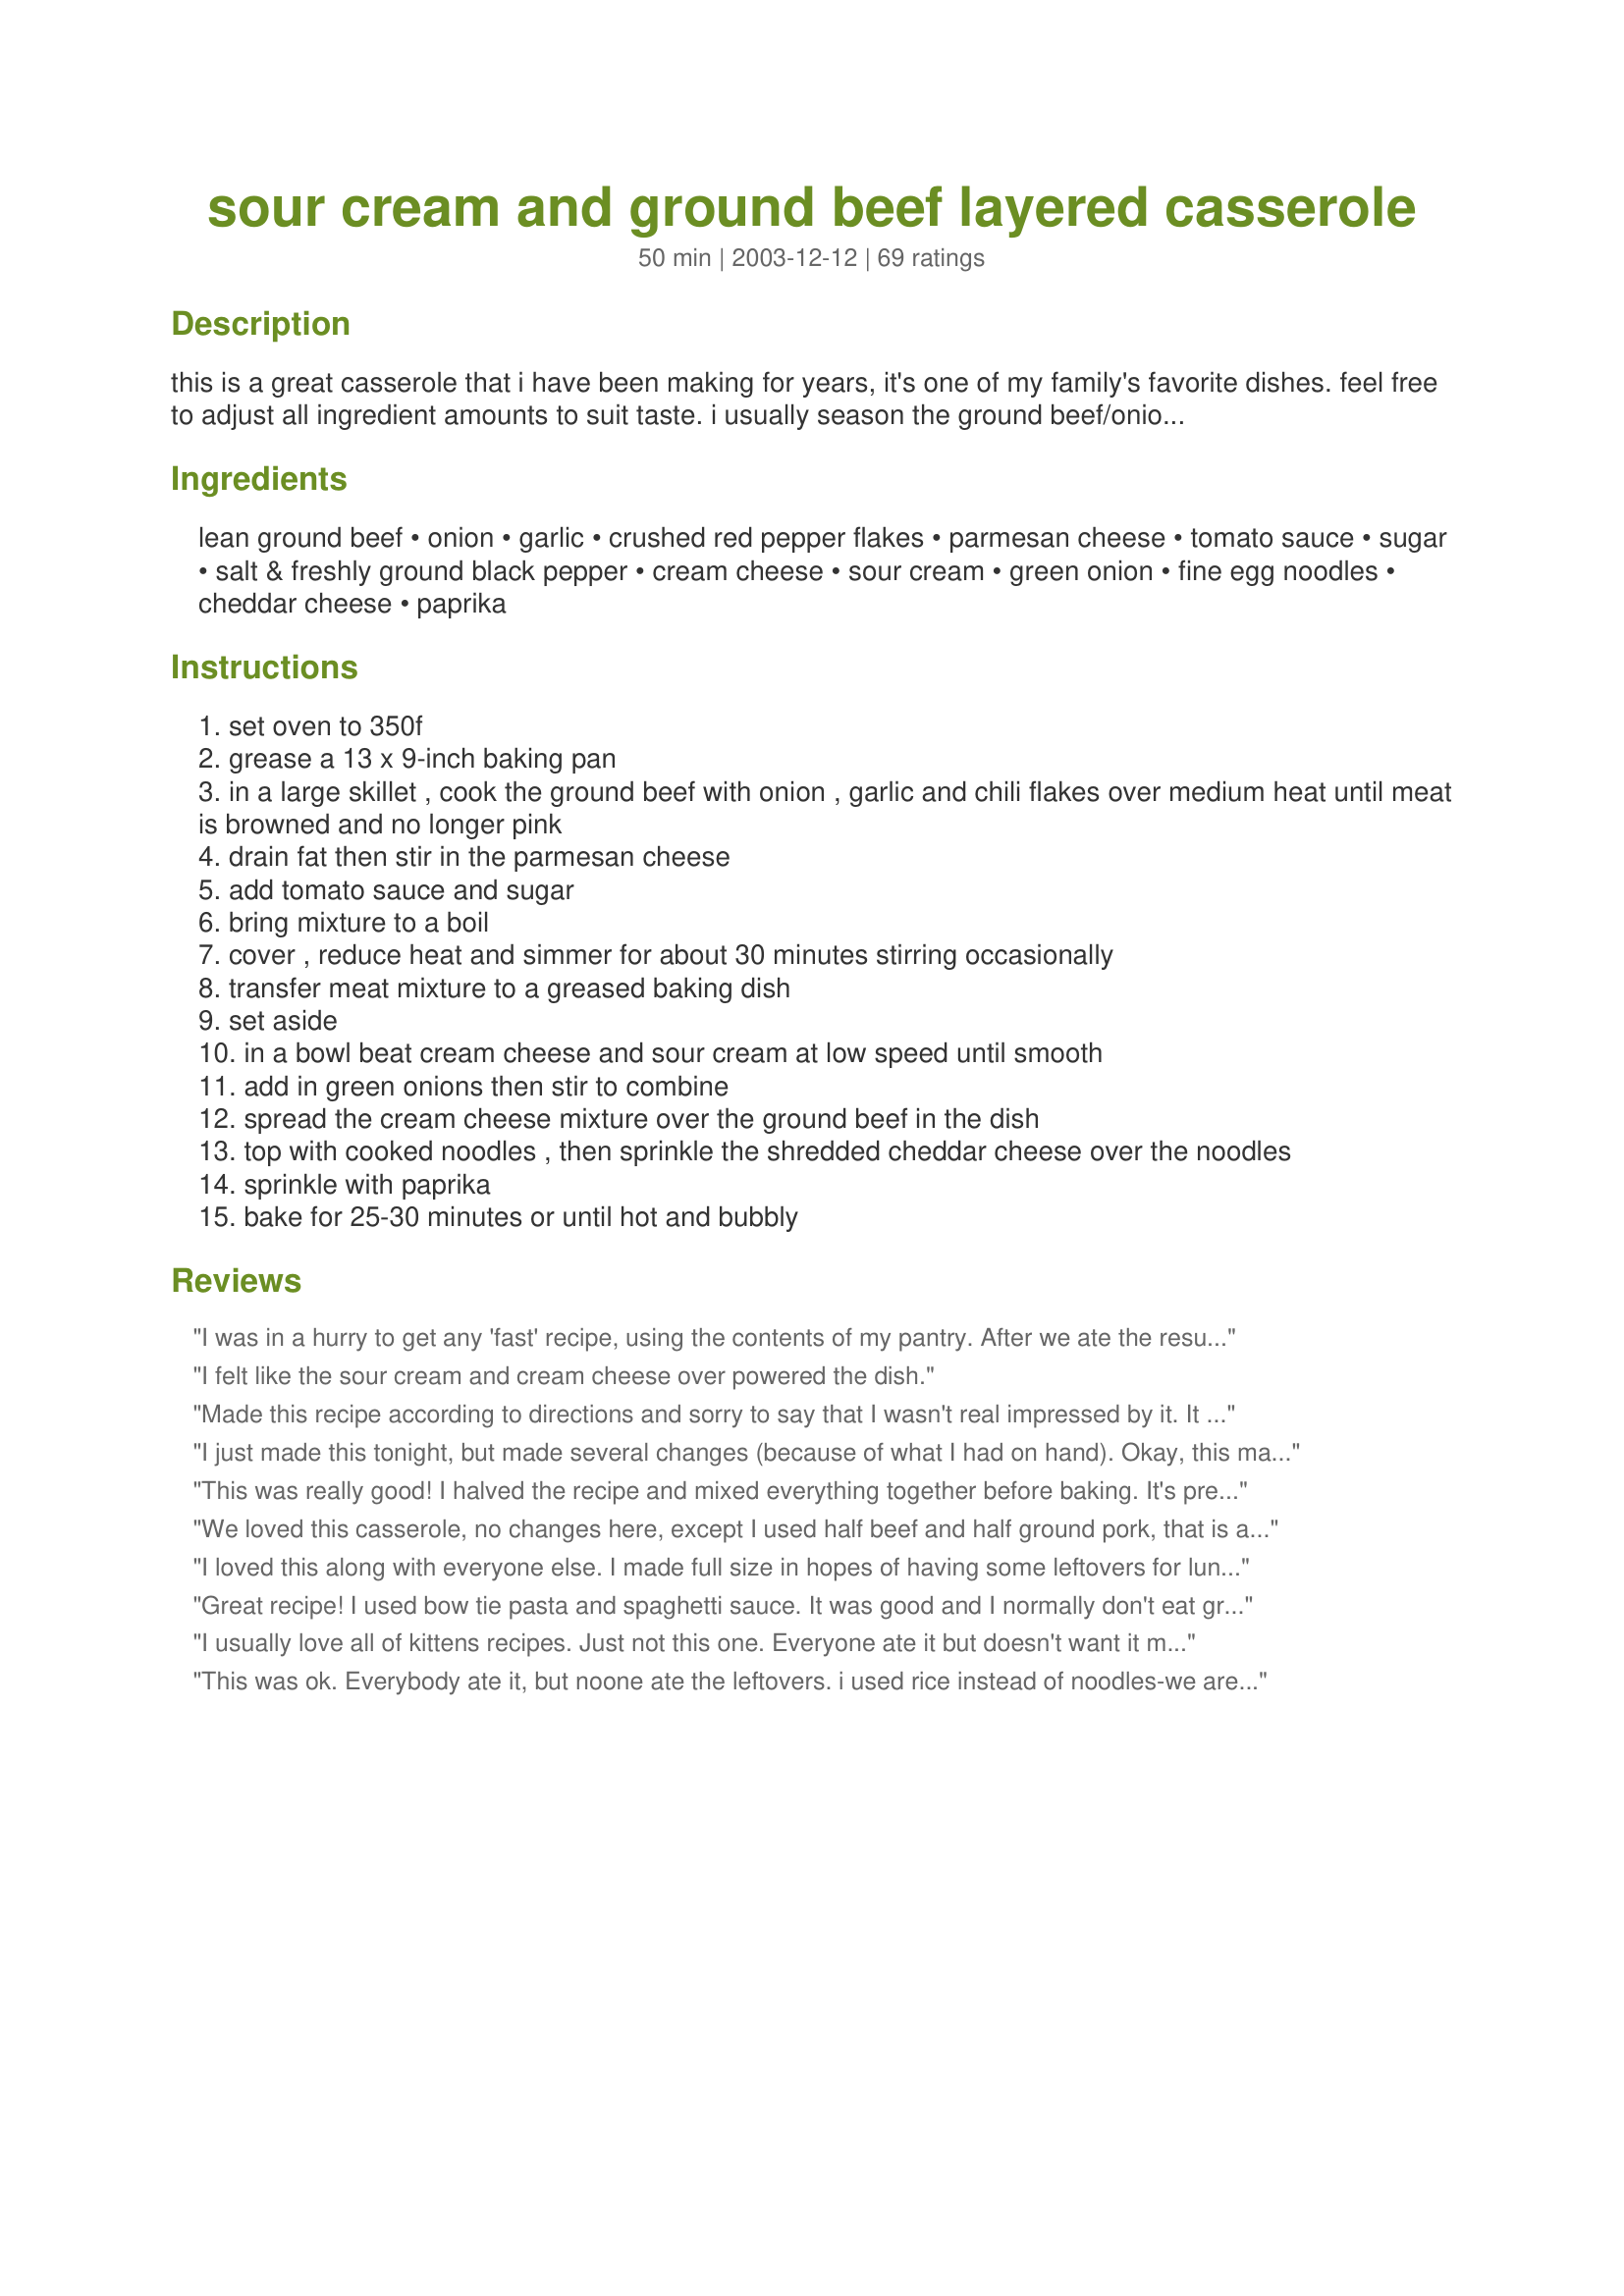
sour cream and ground beef layered casserole
Preparation time: 50 minutes

this is a great casserole that i have been making for years, it's one of my family's favorite dishes. feel free to adjust all ingredient amounts to suit taste. i usually season the ground beef/onion mixture with seasoned salt and add in some cayenne pepper for heat but that is optional.

Ingredients:
lean ground beef, onion, garlic, crushed red pepper flakes, parmesan cheese, tomato sauce, sugar, salt & freshly ground black pepper, cream cheese, sour cream, green onion, fine egg noodles, cheddar cheese, paprika

Steps:
set oven to 350f
grease a 13 x 9-inch baking pan
in a large skillet , cook the ground beef with onion , garlic and chili flakes over medium heat until meat is browned and no longer pink
drain fat then stir in the parmesan cheese
add tomato sauce and sugar
bring mixture to a boil
cover , reduce heat and simmer for about 30 minutes stirring occasionally
transfer meat mixture to a greased baking dish
set aside
in a bowl beat cream cheese and sour cream at low speed until smooth
add in green onions then stir to combine
spread the cream cheese mixture over the ground beef in the dish
top with cooked noodles , then sprinkle the shredded cheddar cheese over the noodles
sprinkle with paprika
bake for 25-30 minutes or until hot and bubbly

Reviews:
I was in a hurry to get any 'fast' recipe, using the contents of my pantry. After we ate the resulted casserole I should have known it was Kittencal! All of your stuff is so, so good! Just because I didn't read the recipe closely on the assembly... I combined all of the ingredients/stirred it up and poured it into the baking dish, baked 30min. It was DELICIOUS!
I felt like the sour cream and cream cheese over powered the dish.
Made this recipe according to directions and sorry to say that I wasn't real impressed by it. It had an okay flavor but I feel it may have been better, had it all been mixed together instead of in layers, with the cheese on top. I probably won't have this one again, but others seem to like it so don't let my opionion stop you from trying it. Teresa Lynn
I just made this tonight, but made several changes (because of what I had on hand). Okay, this may sound odd, but bear with me, it came out great. Instead of using ground beef, I sliced hot dogs up and used those. I used crÃ©me fraiche instead of sour cream (no sour cream in France) and a French version of cream cheese which isn't quite the same but is really good. I also used my homemade tomato sauce. It was a very easy, quick recipe to make and even with my little changes, came out great. My husband said he had to control himself to keep from going back for seconds, but can't wait for the leftovers tomorrow.
This was really good! I halved the recipe and mixed everything together before baking. It's pretty rich, so we got more servings out of it. I will definitely be making this again!
We loved this casserole, no changes here, except I used half beef and half ground pork, that is all that I had. This is one of the best casseroles I have prepared yet, very creamy and cheesy, we really loved this, thank you!
I loved this along with everyone else. I made full size in hopes of having some leftovers for lunch. (yeah sure) This was really tasty. I did forget to put in some chili peppers, just for my own tastes. Didn't matter though flavour was excellent. I layered the meat mixture as written but I mixed in the cream cheese mixture into the medium egg noodles and layered it on top of the meat. Baked for about 45 minutes because I had it refrigerated from the morning. This is a very easy recipe to follow with great results. This is a keeper for sure, thanks Kitten
Great recipe! I used bow tie pasta and spaghetti sauce. It was good and I normally don't eat ground beef. Thanks!
I usually love all of kittens recipes. Just not this one. Everyone ate it but doesn't want it made again. It wasn't bad just wasn't very appealing. Sorry first time I have ever gave a 3 star.
This was ok. Everybody ate it, but noone ate the leftovers. i used rice instead of noodles-we arent usually noodle eaters. maybe that would have made a difference. I am stll a huge fan of Kittencal!
all I can say is the hubby had second's and that doesn't happen often.Highly recommend this one.THanks for sharing with us.
Awesome casserole! It is like a mock lasagne, but better. The creamy layer really makes this recipes. YUM!
Excellent cassie, K!! So easy to assemble and pop in the oven. I even had all the ingredients right here, and didn't have to scramble to the store! I did cut the amounts back cause it's just the two of us here, but, it turned out yummie!
Thanks for posting ... I'll be making this easy one again!
Laudee
This is very good! I also made a couple of changes due to what was on hand. I added some hot pepper flakes. And didn't have the fine egg noodles but did have ritorti. I mixed dry bread crumbs with the cheese for the top. It adds a nice crunch! I didn't have green onions so added onions from my garden with the meat as it was browning. DH said it was a keeper.
Thanks for sharing!
Loved this! I made without the red peppers, and it was eaten with squeals of delight by my grandchildren! The last 15 minutes of cooking time I covered it, so the noodles and cheese wouldn't get frazzled, and the result was a nice melted cheese top and tender noodles! Great dish Kittencal!
This was good, but we liked your ground beef enchilada casserole much better. I was out of gluten free noodles, so I made this with rice instead. If I make this again I will definately use noodles instead of rice to give the casserole more substance. I will also substitute the cheddar cheese for a shredded mexican or taco cheese variety to give the recipe more added flavor, and divide the cheese to put one cup over the sour cream mixture and reserve the other cup to put on the top of the casserole. Two cups just ended up being a lot of cheddar on one layer. This recipe is very simple to make and very easy to alter to fit your taste.
This was delicious, everyone loved it!
This was just ok for me. I halved the recipe, maybe that made a difference. I think if I were to make it again that I would have more noodles and less cream cheese and sour cream. The green onion was a nice addition though.
I've made this 3 times in the last 2 weeks as my family enjoyed it so much. Did as other reviewers and put cooked macaroni at the bottom.
I was looking for something different to use up some ground beef that I had in the freezer. As I only had a pound I cut this recipe in half an baked it in a smaller dish. It was the perfect size for my small family. Both of my picky kids really liked it.
We really enjoyed this recipe, however, I think I screwed up on the measurments for the sour cream (I only had one huge container so i estimated) as that particular layer came out a little dry, I think I should have put more sour cream in or perhaps a little milk, it was still quite tasty though. I did add almost double the amount of cheese on top and since I only had 8 oz. of tomato sauce on hand, I subbed the other half with a can of Rotel. I hope this freezes well as I took the recipe as is and put it in two 8x8 pans, one we ate, the other I froze uncooked. Thanks for sharing, scrumptious!
This dish is awesome! Very comforting, thanks for sharing!
Yummy, this is really tasty!!!
Looking for "something to eat with little to choose from" and found this recipe. My husband loved it and I am going to try it out with the kids tonight. I didn't have time to shred cheese so I sliced cheddar and mozzarella and made a "checkers board" look on the top, turned out cute. Serving french bread and corn with it, VERY YUMMY! Thanks!
Fabulous! I loved the flavor and ease of making this yummy dish. My picky toddler couldn't get enough of it! I didn't have the noodles on hand, so I substituted rice, but it still turned out wonderful. Very rich. Thank you.
I like this recipe a lot, it is rich and filling, tastes great, I love cream cheese and sour cream. I used large egg noodles because that's all I had, I think the small will be better as suggested by Kitten(The Chef), the large ones tends to stick up more resulting in some crispy bites of noodles (which I did like) kind of like a crust. I also measured 3 cups of uncooked noodles and then cooked them, which ended up with more than 3 cups of noodles (my fault) but I love noodles so I used all of it and it wasn't too much. I also added coursely chopped fresh mushrooms, a fresh jalepeno pepper, seeds and all (I like it, BAM!) and some Italian seasoning, all to the meat mixture. I like things spicy. This is one of those dishes where the leftovers are even better the next day.

Thanks Kitten!
I had a ton of ground beef so I needed to use it up... Another great recipe! I had to omit the cream cheese and replace it with more sour cream, as our cream cheese had turned. It was great anyway though! Really yummy. Everyone had seconds and thirds. Easy to make too. Five stars!
Easy dish with on-hand ingredients. Good taste!
I expected it to be sort of like lasagne, but it wasnt. It was ok .. the noodles ended up being a little hard, and the flavor was not what I was expecting. I probably will not make this again.
Tried this the other night, and we loved it! I'm not the best chef, and usually require simple instructions, this was simple and TASTY! I didn't need a whole 2 pounds of ground beef.
I halved this recipe and with my variations it turned out well. I added mushrooms and red pepper to the meat mixture. Id make this again for sure.
Another great review! We loved this recipe and it's so easy! I did make the full size and we had plenty for leftovers! I froze some of the leftovers and those were even wonderful warmed in the microwave. I did add in some things after reading the reviews. I added mushrooms and some worchestershire to the meat mixture. I also mixed the sour cream/cream cheese mix with the noodles. I did not have any issue with noodles drying out. Thanks for a great recipe!
Family Didn&#039;t like this, won&#039;t make it again. Easy to prepare.
Made for the *Best of 2008* cookbook game, I read all 42 reviews b4 making a half recipe for 2 of us & to my surprise DH & I had a role reversal of opinion. He readily admits to favoring potatoes over pasta, but esp enjoyed this dish. I tire of potatoes & enjoy the variety of pasta dishes, but found the amt of cream cheese + sour cream more than needed & would have welcomed texture from a combo of mushrooms, black olives or bell pepper perhaps. We both found it richly satisfying & tasty. Thx for sharing this recipe w/us. :-)
very yummy!! Was gone in a flash.
Next time I'm using less cream cheese,it over powered the tasty tomato sauce a tad.
Thanks for sharing this!
I made this a few days ago and everyone loved it. I cut the recipe in half and I had a problem in layering the cream cheese layer, so I just mixed it up and baked it. The flavor was fabulous I will be making this again. Thanks!
A very nice, filling meal that was liked by me and the kids. I did halve the recipe and mixed it all together before baking. Will definitely make again.
I had to smile when reading others comments... do we ever make a recipe as it is written? :-) I had no parmesan cheese or green onions, so left them out. No fine noodles, so replaced them with spelt tagliatelle extra large. The rest was pretty much as the recipe says. It was yummo!!!!!!!!!
Will be making again. For all those Australians who sometimes forget that Americans like their serves big, you might like to halve the recipe. Four in our family and it took us 4 meals to polish it off....such a hardship!! :-) Ate it with veges on the side.
This worked out pretty well. I used Fat free sour cream and cream cheese and reduced fat Colby cheese on top. I also used macaroni noodle and built it upside down so the noodles were on bottom, I'm not a fan of crunchy noodles. Finally, I made the whole casserole the night before so I could just pop it in the oven when I got home from work. I usually have most of this stuff on hand so I'm sure I'll make it again.
Yum...I used reduced fat cheeses and ground turkey to try and take from the fat, & added sliced fresh mushrooms & it was YYUUMMMMYYYY....rather quick and easy, and I LOVE those type of meals.
I have to say, Kittencalskitchen, you are becoming one of my favorite people! I just made this for dinner tonight and it was soooo good! I was skeptical about sour cream and cream cheese... not that I would know better or anything.. just thought it sounded odd! But It was AMAZING! I was telling my husband the night before when I made your "Chicken Scaloppine w/ Lemon Glaze" that all these yummy dinners I have been making have all been coming from one source on recipezaar. Tonight my DH said "I really like this guy!" hahah so well done! My husband is a big critic usually and he really has enjoyed the supurb recipes you have provided! Thanks again!
Oh my, I love this recipe.... will definitely make again. And most of the ingredients i usually have on hand.
We both loved this casserole. I halved the recipe and still put the 1/4 teaspoon of pepper flakes, and a couple shakes of cayenne and it wasen't spicy at at, just added nice flavor to the meat. Also, I simmered the sauce for about 5min (as long as it took to chop the onions and mix the cream cheese mixture). This was wonderful comfort food! Thanks for another great recipe!
Thumbs up from my family! I might not add as much sour cream/cream cheese next time. Otherwise, it was great!!
I have been making this recipe for years too. In fact, my mom made a version of this without the green onions that she called "Husband's Delight". I always enjoy this when I make it...partly because it brings back memories, but also because it is delicious. Thanks for posting the recipe!
Wonderful! Cheesy and just the right amount of tang. I halved the recipe and simply mixed the tomato sauce/ground beef mixture with the pasta (I had penne pasta on hand), put it into a casserole dish, then topped with the sour cream/cream cheese mixture (I used light for both). Topped it with a blend of sharp cheddar and mozzarella, and baked for a total of 30 minutes. No risk of dry noodles this way! We loved it.
My kids loved this recipe, which makes it an instant winner in my book. I found that the noodles on top got a wee bit crunchy so next time I'm going to turn it upside down and start with the noodles in the bottom of the dish and layer everything on top of it. I'll let you know how it turns out.
Hint: using whipped cream cheese is a whole lot easier to mix than the brick variety.
This makes a big casserole and taste delicious. I did add thyme, oregano, worchestershire sauce to the ground beef while simmering. Left out the sugar. Didn't have any tomatoe sauce so i used a large can of tomatoes and small can of tomatoe paste and simmered until liquid was gone. I also mixed the egg noodles with the cream cheese etc... adding a cup of grated parmesean. Then when layering I layered half the meat sauce, then all the noodle cream cheese mix and then the rest of the meatsauce. Topping the whole thing with cheddar cheese. This came out very nice! Will fix again, thank you Carol for posting this yummy recipe.
Awesome & Delicious!! DH kept commenting on how great this was! Very easy to make & so worth the effort. Thanks!
We love this and have it often--but the prep time is unrealistic. Chopping the onions and mincing the garlic needs to be counted, and so does browning the meat, shredding the cheese, etc. I find that even if I cook the pasta while the meat mixture is cooking it takes me close to an hour from entering the kitchen to putting the casserole in the oven. It's worth the time! But if you're cooking for guests, you need to know the real time frame.
Made this last night and it was just ok. Not really sure if i like the cream cheese, sour cream combo. and i really like both of those things. I'm not sure what it was but i probably wouldn't make again.
This was good. Agree with previous posters - noodles or rice (I used rice instead of noodles) need to go on the bottom, they get too crispy on top. I halfed the cream cheese/sour cream and it was not too overwhelming, like other posters noted.
I agree it worked out well. I thought it was quite tasty. Kids weren't a fan (but thats nothing new). We don't usually make casseroles because they tend to be a little bit higher caloric. I like the idea of using lighter ingredients.
This is wonderful! I used bow ties since I didn't have egg noodles. Went light on the salt, used a combo of cheddar & pepper jack cheese. Thanks for another great recipe Kitten!
made this five times already this is super
I thought this would be great and I was right! Every recipe I have tried from you is perfect! I did make a few subs b/c I am low in the pantry..I used rice instead of egg noodles, a little bit of tomato paste, a few chopped mushrooms to the beef, and threw in some feta that I had that needed used up into the sour cream/cream cheese mixture. It was sooooo good! I'll make this again I am quite sure! Very VERY good with the rice, I am not sure I want to make it with noodles now :) Thanks for another amazing recipe :)
This was so good. It was cheesy, creamy and hearty all at the same time. The family loved this - definitely a crowd pleaser
I was so shocked at how yummy this was. I only had extra wide egg noodles, so I covered it with foil as someone suggested, and that kept the noodles from getting crunchy. Also, I only had 1 1/2 lbs ground beef, but I did everything else the same and it was still yummy. Kids and hubby loved it! Thanks for a definite keeper...
This was AMAZING. The only thing I did different was I added a 15oz can of Italian style diced tomatoes. Definitely adding to our casserole rotation!
I liked the flavor and make ahead method. I have not yet added or changed anything but it will be a good one to experiment with different vegetables.
This recipe was awesome! It is a great and BETTER alternative to lasagna. This was quick and easy, and my whole family LOVED it!
We loved this casserole. The cream cheese and sour cream gave it such a rich, wonderful flavor. This casserole is a great comfort dish and so easy to make.
This was a great recipe, simple and full of flavor. I made more pasta to put in the casserole so I added an extra can (8oz) of tomato sauce. I also put additional spices in the sauce like 1 tbsp olive oil, 1/2 tsp oregano, 1/2 tsp marjoram, & 1/2 tsp onion powder because I omitted the onions.
My family was NOT impressed at all by this recipe. I put in the ingredients as called for, way to much cream cheese mixture for our taste.
Our family really likes this recipe. I changed it slightly according to what I had on hand. I added 1 tsp. Italian Seasoning and a jar of sliced mushrooms to the meat mixture as it simmered. I used angel hair pasta which i broke into fourths. I added 1/2 cup parmesan cheese to the sour cream and cream cheese then I added the hot noodles to that mixture. I topped it off with mozzarella cheese instead of cheddar. Really great taste!
The tast of this was really good, next time I think I will add more sauce to it. Thanks for a different tasty meal.
I planned on putting the pasta on the bottom as other reviewers did, but I accidentally cooked the pasta past al dente, so I put it on top as the recipe directs. Great accident; the pasta was surprisingly great on top. I think the ratio of cream cheese + sour cream was too high, next time, I&#039;d lower that to a bit less.
I had everything I needed to make this casserole, except the ground beef. I did have a 1.25 lb. package of ground turkey, so I changed the serving size from 8 to 5 and the website adjusted all the ingredients for me. (I LOVE that feature!!!) Everything turned out really good. I definitely will be making this again.
My family all liked it but I just wasn't wowed. It was a little too bland for me...maybe I should have added pepper flakes. I kept them out because of my kids but I used hot sauce on mine.
